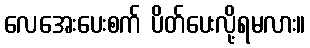
လေအေးပေးစက် ပိတ်ပေးလို့ရမလား။